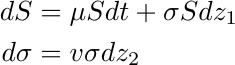
\begin{align*}
\nonumber
dS&=\mu S dt+\sigma S dz_1\\
\nonumber
d\sigma&=v\sigma dz_2
\end{align*}